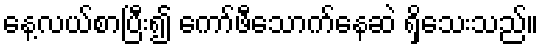
နေ့လယ်စာပြီး၍ ကော်ဖီသောက်နေဆဲ ရှိသေးသည်။